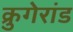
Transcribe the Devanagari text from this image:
क्रुगेरांड